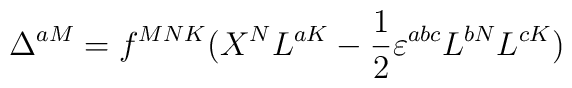
\Delta^{aM}=f^{MNK}(X^NL^{aK}-\frac12\varepsilon^{abc}L^{bN}L^{cK})